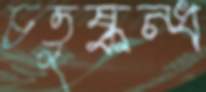
চতুষ্কন্ধ